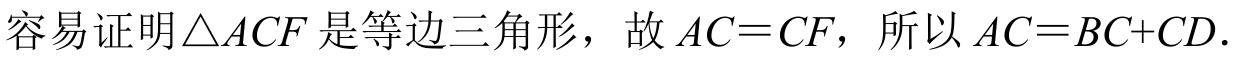
容易证明\(\triangle ACF\)是等边三角形，故\(AC = CF\)，所以\(AC = BC + CD\).